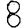
Digit: 8